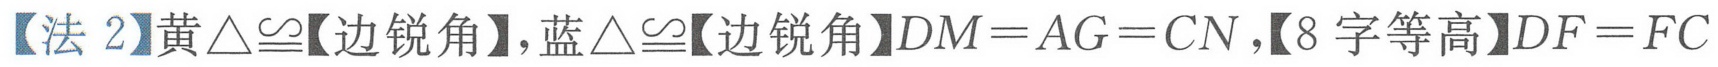
【法 2】黄\(\triangle\cong\)【边锐角】，蓝\(\triangle\cong\)【边锐角】\(DM = AG = CN\)，【8 字等高】\(DF = FC\)